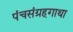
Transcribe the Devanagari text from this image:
पंचसंग्रहगाथा